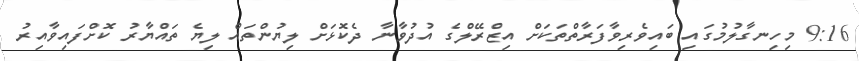
9:16 މިހިނގާލުމުގައި ބައިވެރިވާފަރާތްތަކަށް އިޒްރޭލްގެ އުދުވާނާ ދެކޮޅަށް ލިޔުންތައް ލިޔެ ތައްޔާރު ކޮށްފައިވާއިރު